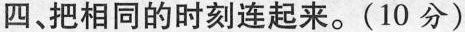
四、把相同的时刻连起来。(10分)